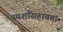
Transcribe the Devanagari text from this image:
स्पर्शासहायता